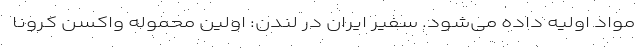
مواد اولیه داده می‌شود. سفیر ایران در لندن: اولین محموله واکسن کرونا